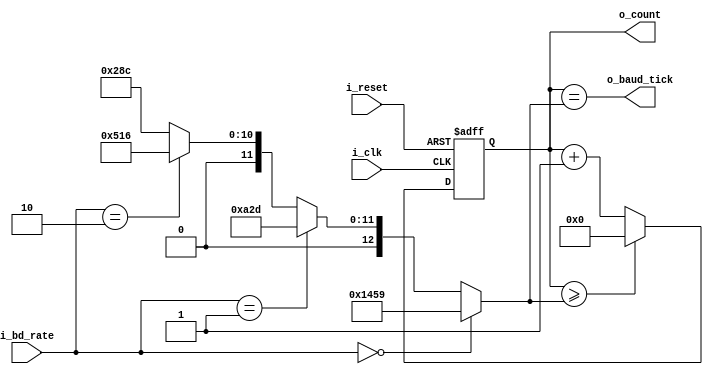
`timescale 1ns / 1ps
//////////////////////////////////////////////////////////////////////////////////
// Company: 
// Engineer: 
// 
// Design Name: 
// Module Name: baud_rate_generator_full
// Project Name: 
// Target Devices: 
// Tool Versions: 
// Description: 
// 
// Dependencies: 
// 
// Revision:
// Revision 0.01 - File Created
// Additional Comments:
// 
//////////////////////////////////////////////////////////////////////////////////


module baud_rate_generator_full(
    input i_clk, i_reset, 
    input [1:0] i_bd_rate,        //bd rate select: 00 is 1200, 01 is 2400, 10 is 4800, 11 is 9600
    output [15:0] o_count,
    output o_baud_tick
    );
        
    wire [15:0] M;
    
    reg [15:0] s_count_reg;
    
    //(100*10^6)/(Baud*16) and round up
    assign M = i_bd_rate == 2'b00 ? 16'd5209 : //1200 baud rate
               i_bd_rate == 2'b01 ? 16'd2605 : //2400 baud rate
               i_bd_rate == 2'b10 ? 16'd1302 : //4800 baud rate
                                    16'd652; //9600 baud rate
    
    always @(posedge i_clk, posedge i_reset)
        if (i_reset)
            s_count_reg <= 0;
        else
            s_count_reg <= (s_count_reg >= M) ? 0 : s_count_reg + 1; //checks if greater if baud rate changed to lower amount        
    
    assign o_count = s_count_reg;    
    assign o_baud_tick = s_count_reg == M;
    
endmodule